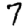
Digit: 7